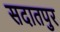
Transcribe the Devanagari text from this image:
सदातपुर